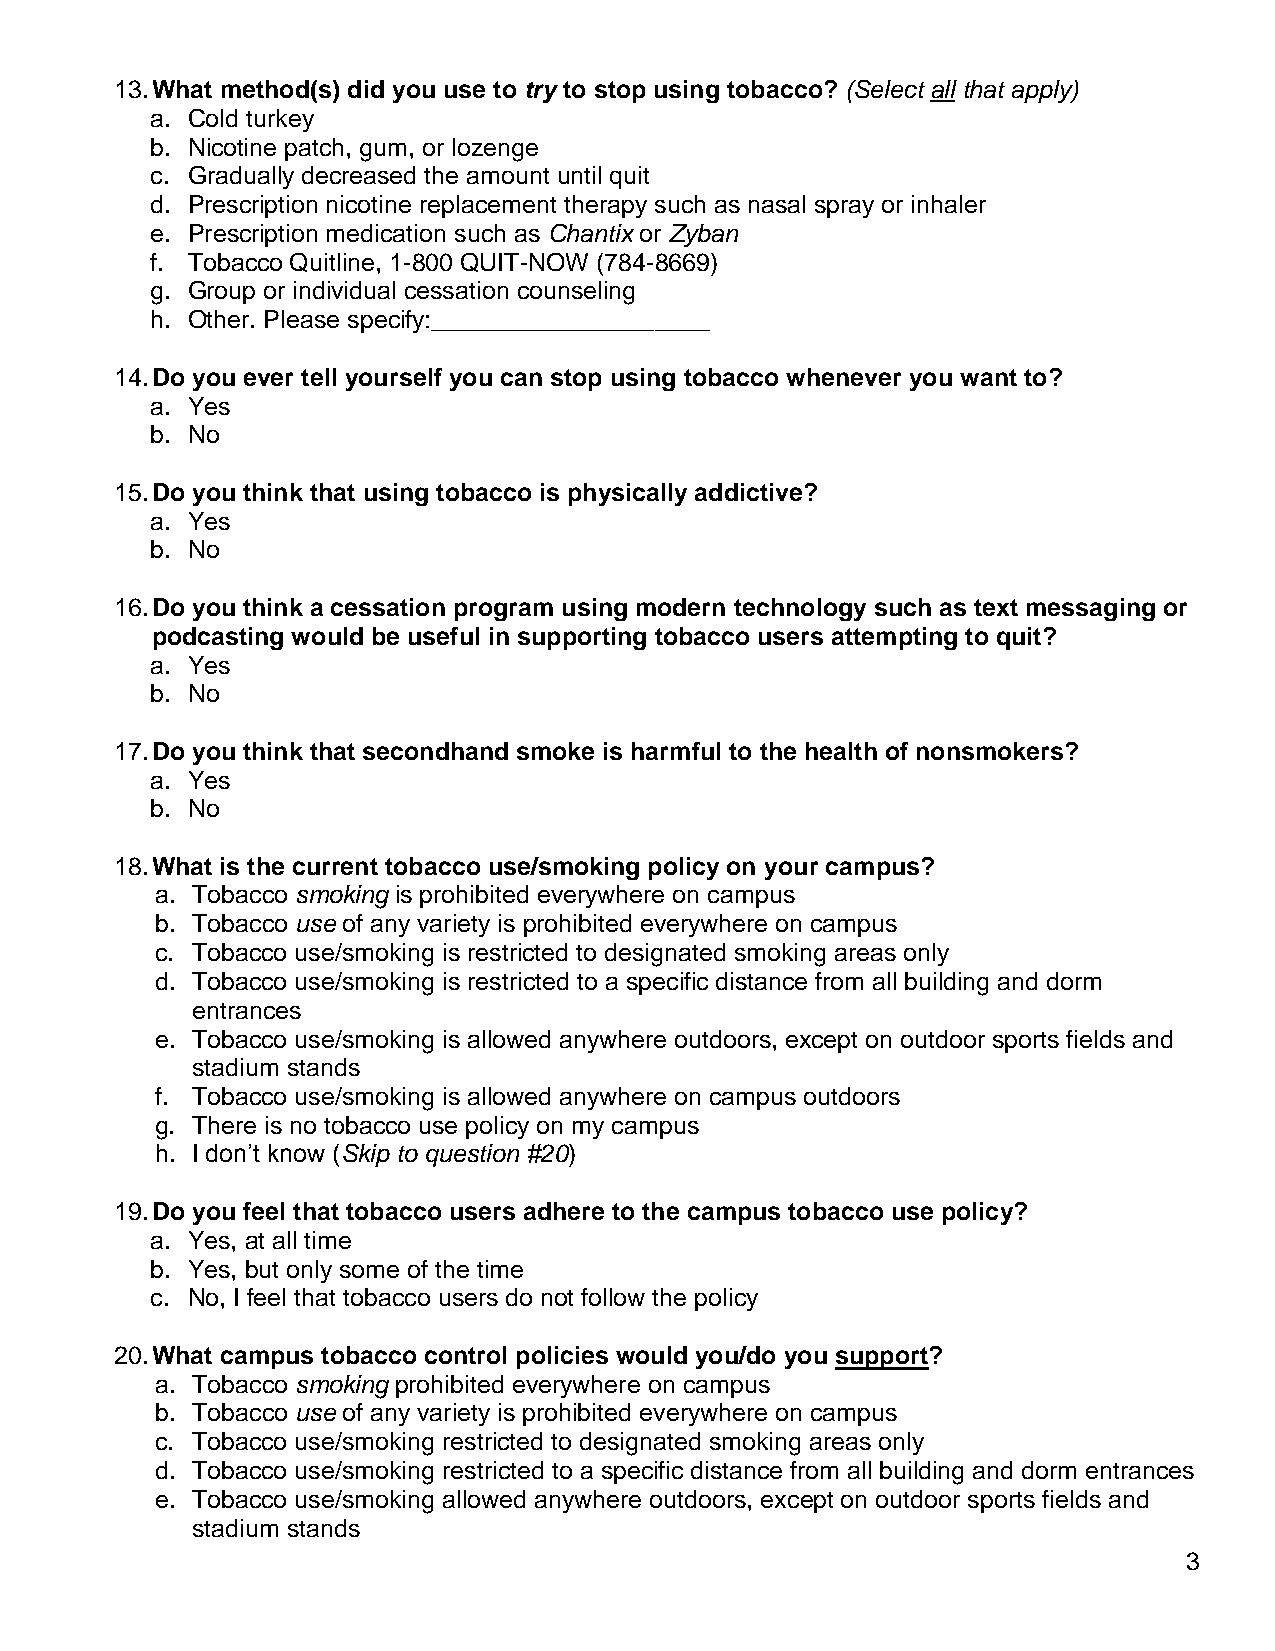
13. What method(s) did you use to try to stop using tobacco? (Select all that apply)
 a. Cold turkey
 b. Nicotine patch, gum, or lozenge
 c. Gradually decreased the amount until quit
 d. Prescription nicotine replacement therapy such as nasal spray or inhaler
 e. Prescription medication such as Chantix or Zyban
 f. Tobacco Quitline, 1-800 QUIT-NOW (784-8669)
 g. Group or individual cessation counseling
 h. Other. Please specify:____________________
 14. Do you ever tell yourself you can stop using tobacco whenever you want to?
 a. Yes
 b. No
 15. Do you think that using tobacco is physically addictive?
 a. Yes
 b. No
 16. Do you think a cessation program using modern technology such as text messaging or
 podcasting would be useful in supporting tobacco users attempting to quit?
 a. Yes
 b. No
 17. Do you think that secondhand smoke is harmful to the health of nonsmokers?
 a. Yes
 b. No
 18. What is the current tobacco use/smoking policy on your campus?
 a. Tobacco smoking is prohibited everywhere on campus
 b. Tobacco use of any variety is prohibited everywhere on campus
 c. Tobacco use/smoking is restricted to designated smoking areas only
 d. Tobacco use/smoking is restricted to a specific distance from all building and dorm
 entrances
 e. Tobacco use/smoking is allowed anywhere outdoors, except on outdoor sports fields and
 stadium stands
 f. Tobacco use/smoking is allowed anywhere on campus outdoors
 g. There is no tobacco use policy on my campus
 h. I don‟t know (Skip to question #20)
 19. Do you feel that tobacco users adhere to the campus tobacco use policy?
 a. Yes, at all time
 b. Yes, but only some of the time
 c. No, I feel that tobacco users do not follow the policy
 20. What campus tobacco control policies would you/do you support?
 a. Tobacco smoking prohibited everywhere on campus
 b. Tobacco use of any variety is prohibited everywhere on campus
 c. Tobacco use/smoking restricted to designated smoking areas only
 d. Tobacco use/smoking restricted to a specific distance from all building and dorm entrances
 e. Tobacco use/smoking allowed anywhere outdoors, except on outdoor sports fields and
 stadium stands
 3